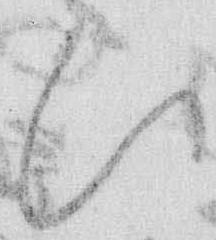
ひ